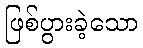
ဖြစ်ပွားခဲ့သော